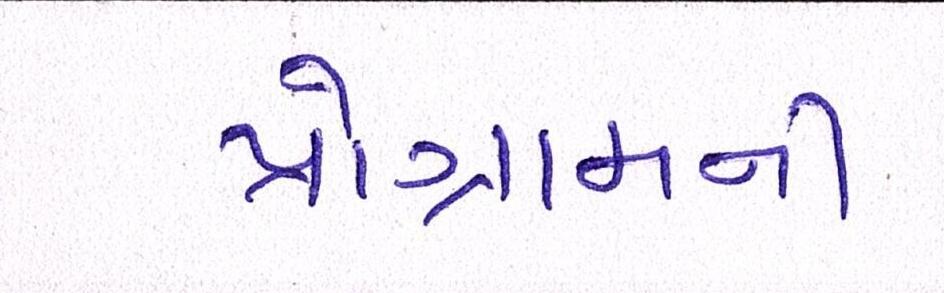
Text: પ્રોગ્રામની